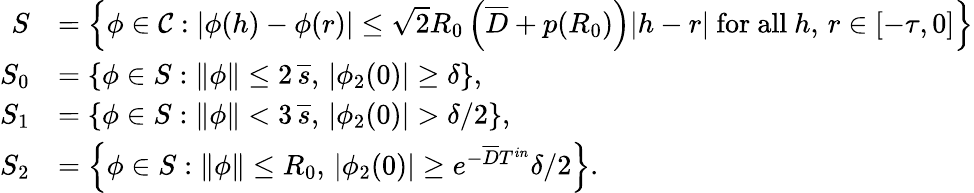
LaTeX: \begin{array}{rl}{S}&{=\left\{ \phi\in\mathcal{C}:|\phi(h)-\phi(r)|\leq\sqrt{2}R_{0}\left(\overline{D}+p(R_{0})\right)|h-r|\mathrm{~for~all~}h,\, r\in[-\tau,0]\right\} }\\ {S_{0}}&{=\left\{ \phi\in S:\| \phi\| \leq 2\, \overline{s},\, |\phi_{2}(0)|\geq\delta\right\} ,}\\ {S_{1}}&{=\left\{ \phi\in S:\| \phi\| <3\, \overline{s},\, |\phi_{2}(0)|>\delta/2\right\} ,}\\ {S_{2}}&{=\left\{ \phi\in S:\| \phi\| \leq R_{0},\, |\phi_{2}(0)|\geq e^{-\overline{D}T^{in}}\delta/2\right\} .}\end{array}